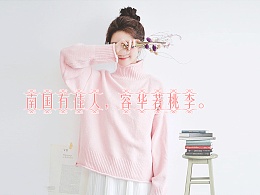
南国有佳人，容华若桃李。